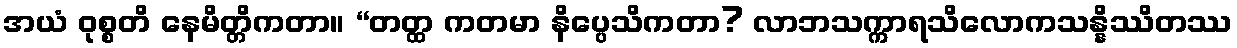
အယံ ဝုစ္စတိ နေမိတ္တိကတာ။ “တတ္ထ ကတမာ နိပ္ပေသိကတာ? လာဘသက္ကာရသိလောကသန္နိဿိတဿ